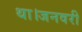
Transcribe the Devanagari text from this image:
था।जनवरी